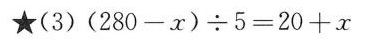
★(3)$$( 2 8 0 - x ) \div 5 = 2 0 + x$$